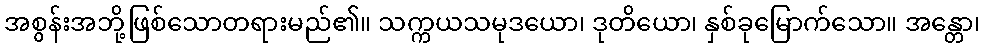
အစွန်းအဘို့ဖြစ်သောတရားမည်၏။ သက္ကယသမုဒယော၊ ဒုတိယော၊ နှစ်ခုမြောက်သော။ အန္တော၊